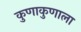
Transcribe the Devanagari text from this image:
कुणाकुणाला